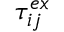
\tau _ { i j } ^ { e x }